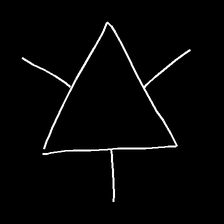
Glyph: fire